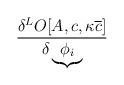
LaTeX: \begin{align*}\frac{\delta ^{L}O[A,c,\kappa \overline{c}]}{\delta \underbrace{\phi _{i}}}\end{align*}